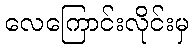
လေကြောင်းလိုင်းမှ